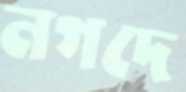
নগদে